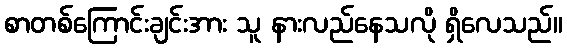
စာတစ်ကြောင်းချင်းအား သူ နားလည်နေသလို ရှိလေသည်။